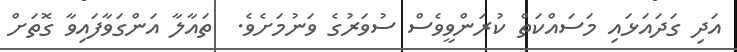
އަދި ގަދައަޅައި މަސައްކަތް ކުރަންވީވެސް ސުވަރުގެ ވަނުމަށެވެ.  ތައާލާ އަންގަވާފައިވާ ގޮތަށް